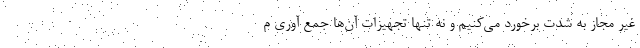
غیر مجاز به شدت برخورد می‌کنیم و نه تنها تجهیزات آن‌ها جمع آوری م